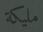
مليكة